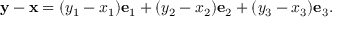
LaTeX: { \mathbf { y } } - { \mathbf { x } } = ( y _ { 1 } - x _ { 1 } ) { \mathbf { e } } _ { 1 } + ( y _ { 2 } - x _ { 2 } ) { \mathbf { e } } _ { 2 } + ( y _ { 3 } - x _ { 3 } ) { \mathbf { e } } _ { 3 } .